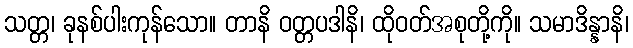
သတ္တ၊ ခုနစ်ပါးကုန်သော။ တာနိ ဝတ္တပဒါနိ၊ ထိုဝတ်အစုတို့ကို။ သမာဒိန္နာနိ၊